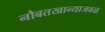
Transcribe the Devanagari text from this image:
नौबतखान्याजवळ